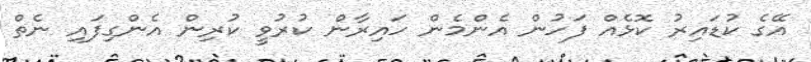
އޭގެ ކުޑައިރު ކޮޅެއް ފަހުން އެންމެން ހައިރާން ކުރުވީ ކުރިން އެންގިފައި ނެތް